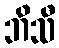
ဘိသီ